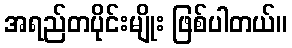
အရည်တပိုင်းမျိုး ဖြစ်ပါတယ်။